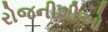
રોજનીશીઓ